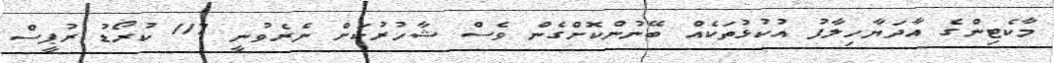
މާކެޓިންގެ އާދަޔާހިލާފު އުކުޅުތަކެއް ބޭނުންކޮށްގެން ވެސް ޝާހުރުކަށް ނެރެވުނީ 117 ކުރޯޑު ރުޕީސް